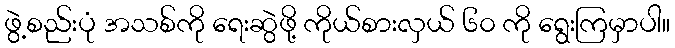
ဖွဲ့စည်းပုံ အသစ်ကို ရေးဆွဲဖို့ ကိုယ်စားလှယ် ၆၀ ကို ရွေးကြမှာပါ။